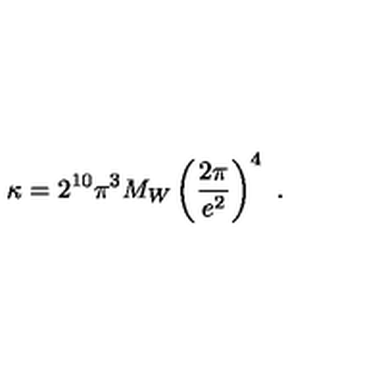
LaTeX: \kappa = 2 ^ { 1 0 } \pi ^ { 3 } M _ { W } \left( \frac { 2 \pi } { e ^ { 2 } } \right) ^ { 4 } \ .